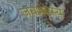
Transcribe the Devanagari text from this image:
जयभटस्य